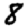
Digit: 8